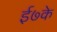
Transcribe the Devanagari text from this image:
ई७के